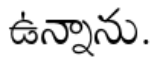
ఉన్నాను.